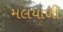
મલયાળી